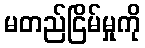
မတည်ငြိမ်မှုကို